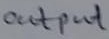
Text: Output